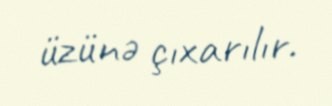
üzünə çıxarılır.